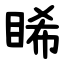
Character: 睎